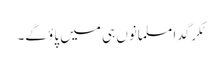
ٹکر گدا مسلمانوں ہی میں پاؤ گے۔